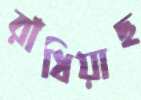
রাঁধিয়াছ